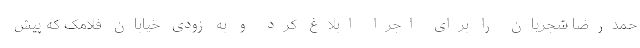
حمدرضا شجریان را برای اجرا ابلاغ کرد و به زودی خیابان فلامک که پیش